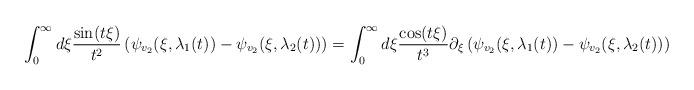
LaTeX: \begin{align*} &\int_{0}^{\infty} d\xi \frac{\sin(t\xi)}{t^{2}}\left(\psi_{v_{2}}(\xi,\lambda_{1}(t))-\psi_{v_{2}}(\xi,\lambda_{2}(t))\right)=\int_{0}^{\infty} d\xi \frac{\cos(t\xi)}{t^{3}}\partial_{\xi}\left(\psi_{v_{2}}(\xi,\lambda_{1}(t))-\psi_{v_{2}}(\xi,\lambda_{2}(t))\right)\end{align*}